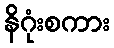
နိဂုံးစကား